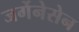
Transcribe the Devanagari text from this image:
जर्गेनेसेन